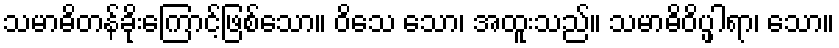
သမာဓိတန်ခိုးကြောင့်ဖြစ်သော။ ဝိသေ သော၊ အထူးသည်။ သမာဓိဝိပ္ဖါရာ၊ သော။